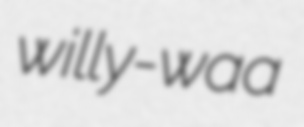
willy-waa